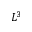
L ^ { 3 }